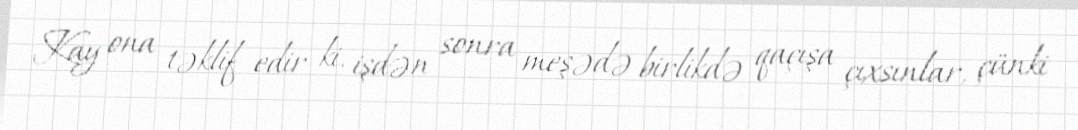
Kay ona təklif edir ki, işdən sonra meşədə birlikdə qaçışa çıxsınlar, çünki